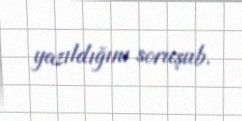
yazıldığını soruşub.